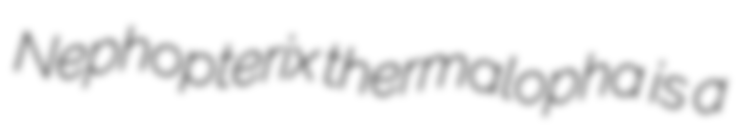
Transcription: Nephopterix thermalopha is a